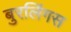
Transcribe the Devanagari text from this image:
बुरलिंगस